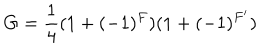
LaTeX: G = \frac { 1 } { 4 } ( 1 + ( - 1 ) ^ { F } ) ( 1 + ( - 1 ) ^ { F ^ { \prime } } )